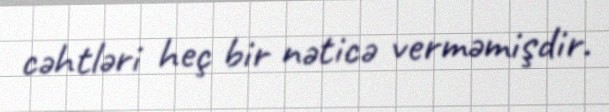
cəhtləri heç bir nəticə verməmişdir.